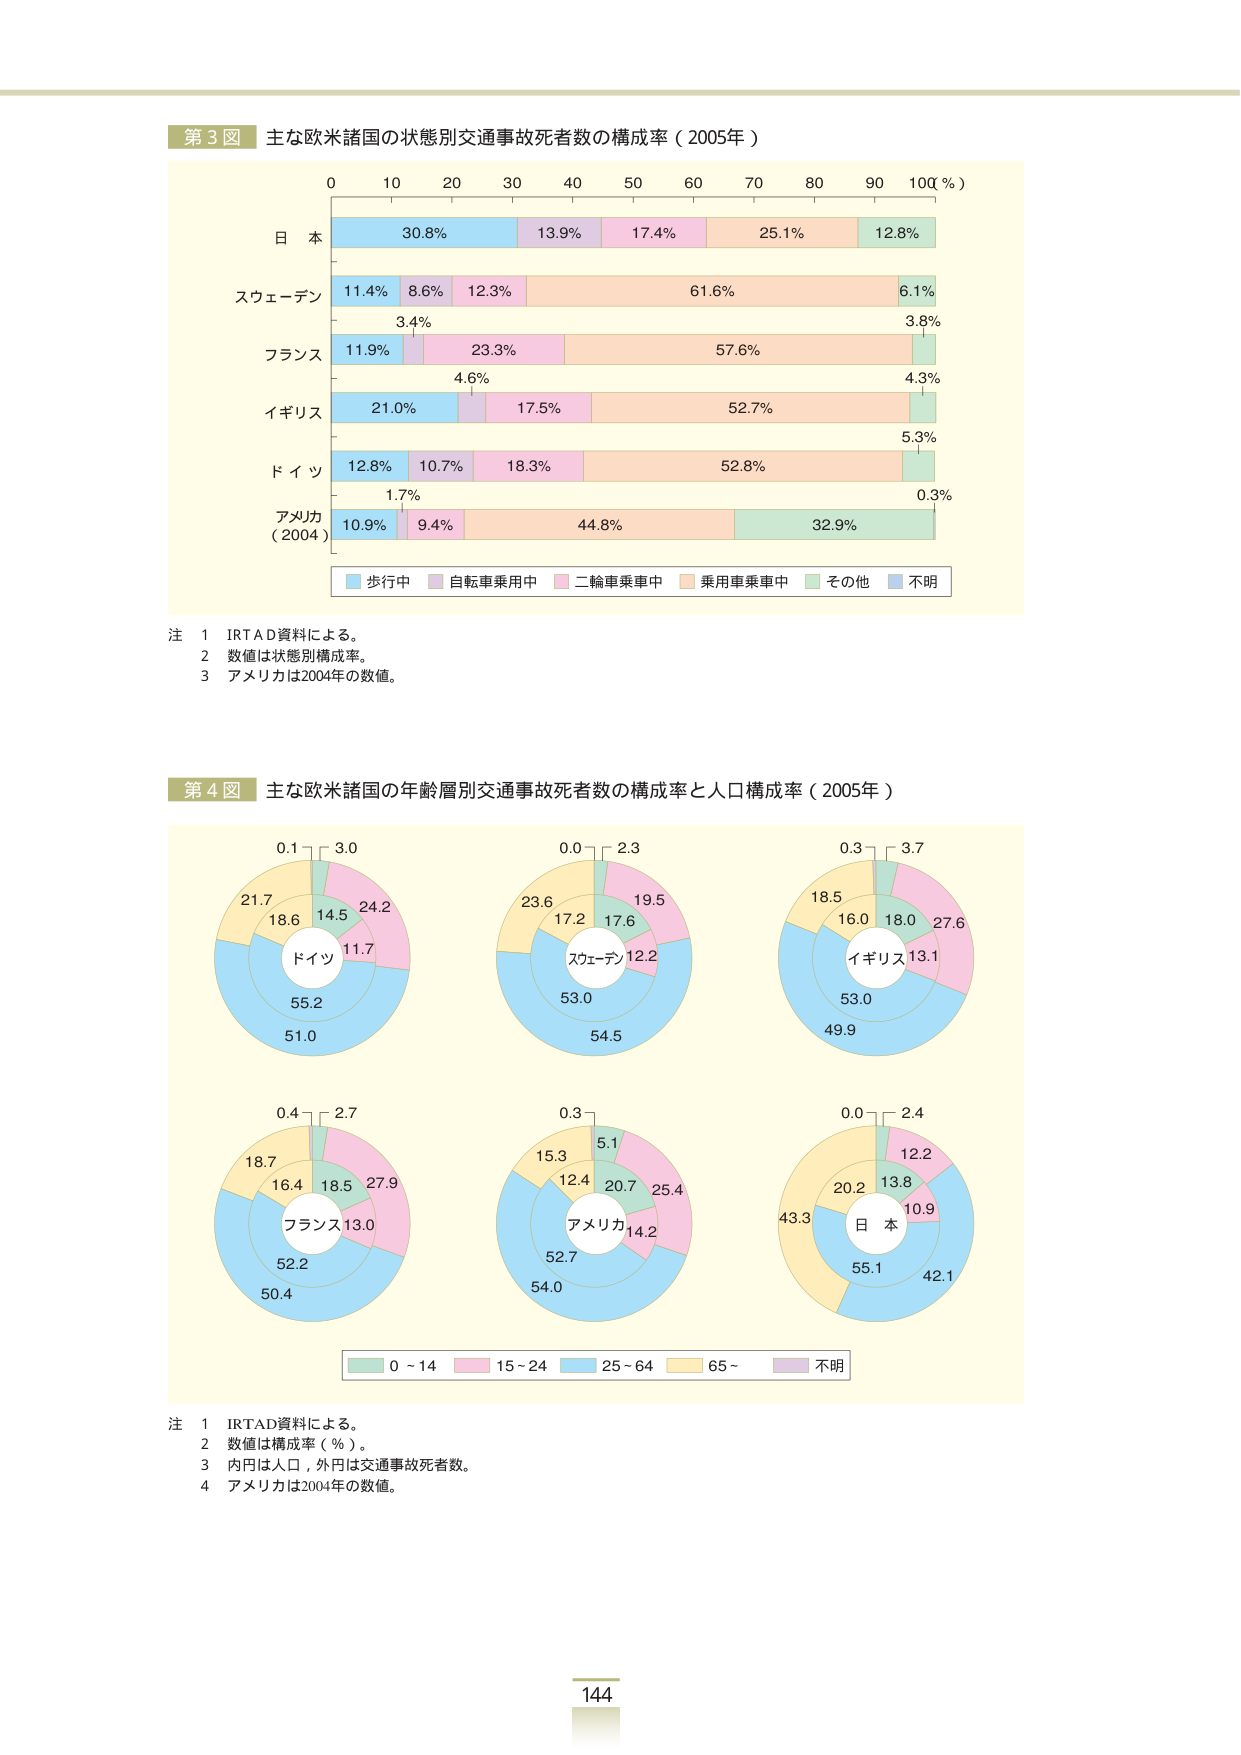
第3図 主な欧米諸国の状態別交通事故死者数の構成率（2005年）

0 10 20 30 40 50 60 70 80 90 100（％）

日本
30.8% 13.9% 17.4% 25.1% 12.8%

スウェーデン
11.4% 8.6% 12.3% 61.6% 6.1%
3.4% 3.8%

フランス
11.9% 23.3% 57.6% 4.3%
4.6%

イギリス
21.0% 17.5% 52.7% 5.3%

ドイツ
12.8% 10.7% 18.3% 52.8% 0.3%
1.7%

アメリカ（2004）
10.9% 9.4% 44.8% 32.9%

■ 歩行中 ■ 自転車乗用中 ■ 二輪車乗車中 ■ 乗用車乗車中 ■ その他 ■ 不明

注
1 IRTAD資料による。
2 数値は状態別構成率。
3 アメリカは2004年の数値。

第4図 主な欧米諸国の年齢層別交通事故死者数の構成率と人口構成率（2005年）

0.1 3.0
21.7 18.6 14.5 24.2
11.7
ドイツ
55.2
51.0

0.0 2.3
23.6 17.2 17.6 19.5
12.2
スウェーデン
53.0
54.5

0.3 3.7
18.5 16.0 18.0 27.6
13.1
イギリス
53.0
49.9

0.4 2.7
18.7 16.4 18.5 27.9
13.0
フランス
52.2
50.4

0.3
15.3 12.4 20.7 25.4
5.1
アメリカ
52.7
54.0

0.0 2.4
43.3 20.2 13.8 12.2
10.9
日本
55.1
42.1

■ 0～14 ■ 15～24 ■ 25～64 ■ 65～ ■ 不明

注
1 IRTAD資料による。
2 数値は構成率（％）。
3 内円は人口，外円は交通事故死者数。
4 アメリカは2004年の数値。

144